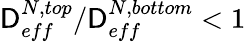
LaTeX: {\mathsf{D}_{eff}^{N,top}}/{\mathsf{D}_{eff}^{N,bottom}}<1